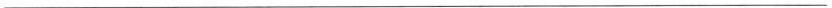
___